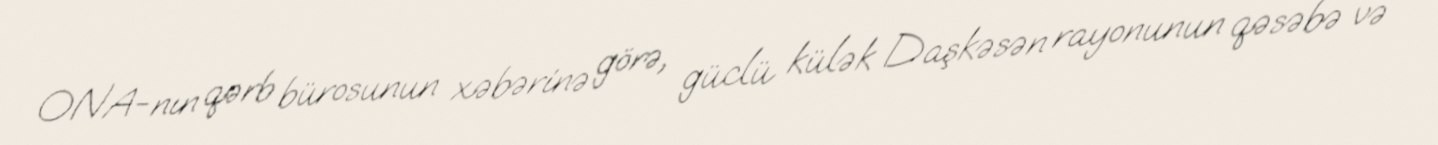
ONA-nın qərb bürosunun xəbərinə görə, güclü külək Daşkəsən rayonunun qəsəbə və